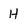
Character: H